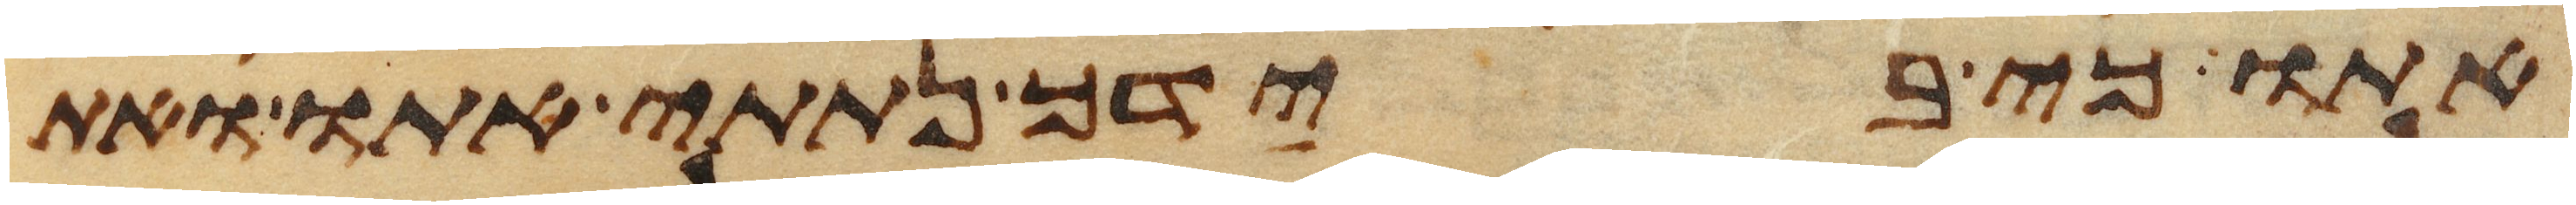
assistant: אתו כי בידך נתתי אתו ואת